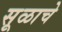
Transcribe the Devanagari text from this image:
सूळाचे